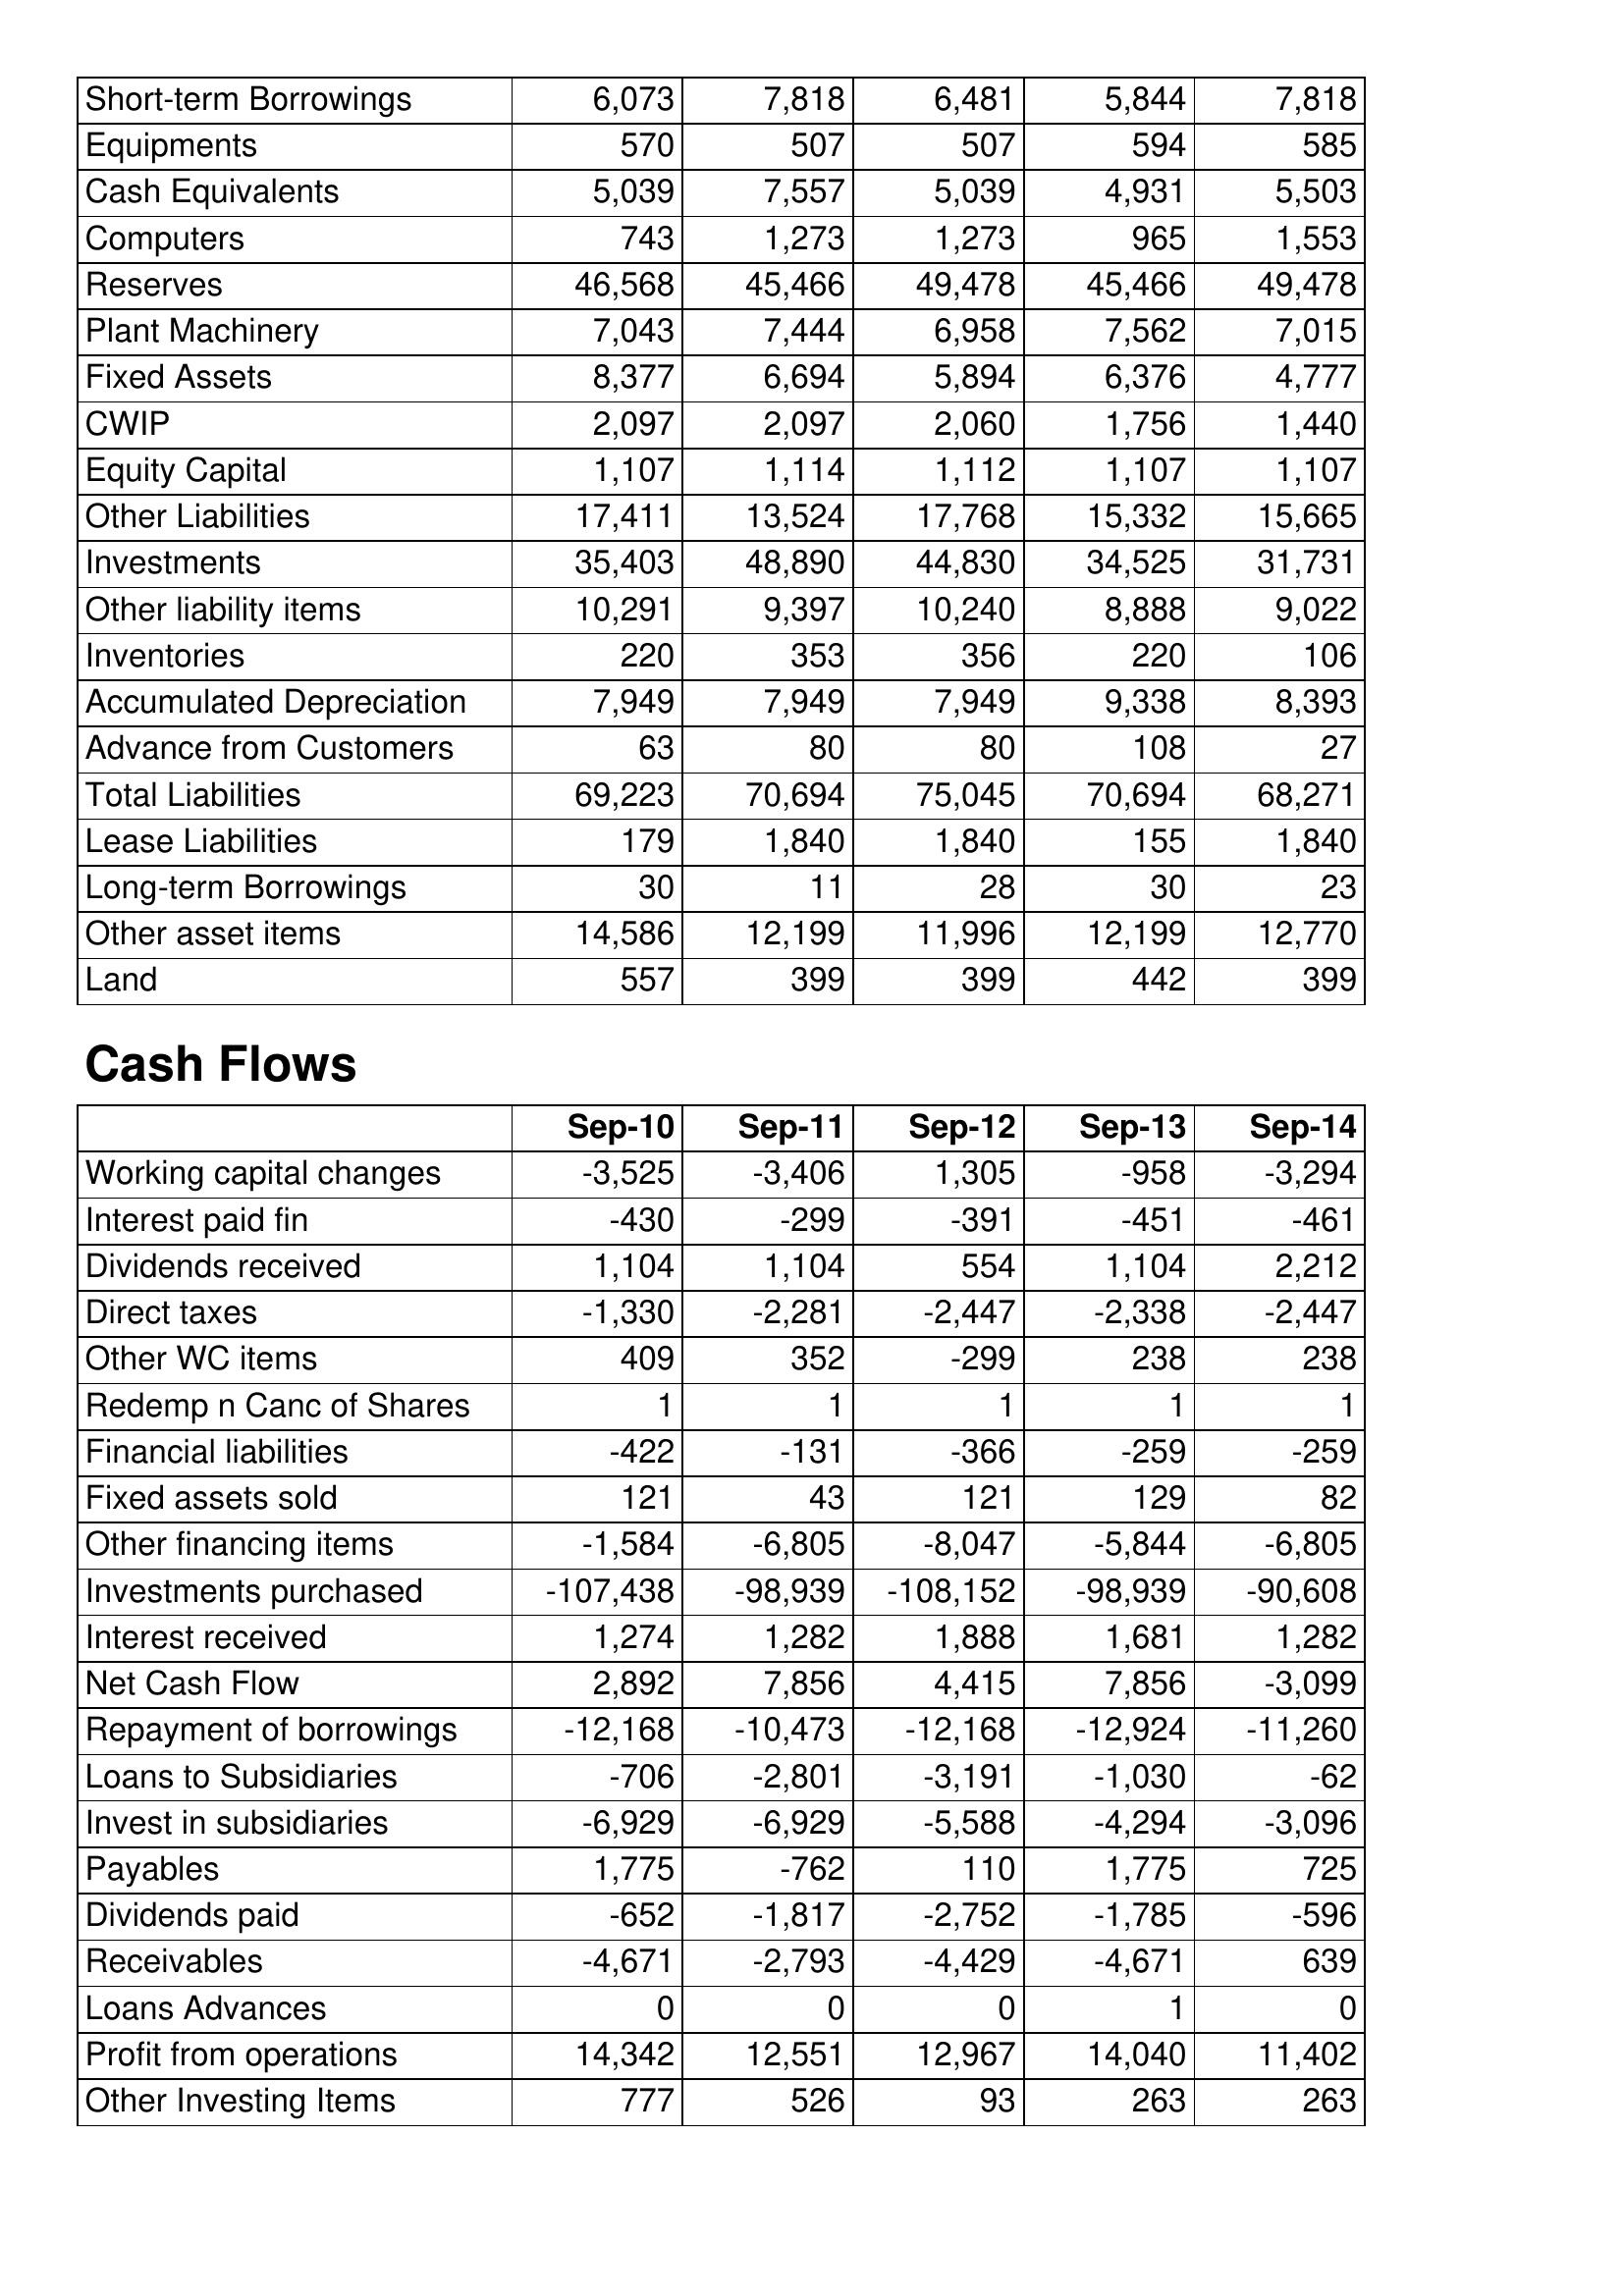
Sep-10: Balance Sheet: Short-term Borrowings: 6,073
Equipments: 570
Cash Equivalents: 5,039
Computers: 743
Reserves: 46,568
Plant Machinery: 7,043
Fixed Assets: 8,377
CWIP: 2,097
Equity Capital: 1,107
Other Liabilities: 17,411
Investments: 35,403
Other liability items: 10,291
Inventories: 220
Accumulated Depreciation: 7,949
Advance from Customers: 63
Total Liabilities: 69,223
Lease Liabilities: 179
Long-term Borrowings: 30
Other asset items: 14,586
Land: 557
Cash Flows: Working capital changes: -3,525
Interest paid fin: -430
Dividends received: 1,104
Direct taxes: -1,330
Other WC items: 409
Redemp n Canc of Shares: 1
Financial liabilities: -422
Fixed assets sold: 121
Other financing items: -1,584
Investments purchased: -107,438
Interest received: 1,274
Net Cash Flow: 2,892
Repayment of borrowings: -12,168
Loans to Subsidiaries: -706
Invest in subsidiaries: -6,929
Payables: 1,775
Dividends paid: -652
Receivables: -4,671
Loans Advances: 0
Profit from operations: 14,342
Other Investing Items: 777
Sep-11: Balance Sheet: Short-term Borrowings: 7,818
Equipments: 507
Cash Equivalents: 7,557
Computers: 1,273
Reserves: 45,466
Plant Machinery: 7,444
Fixed Assets: 6,694
CWIP: 2,097
Equity Capital: 1,114
Other Liabilities: 13,524
Investments: 48,890
Other liability items: 9,397
Inventories: 353
Accumulated Depreciation: 7,949
Advance from Customers: 80
Total Liabilities: 70,694
Lease Liabilities: 1,840
Long-term Borrowings: 11
Other asset items: 12,199
Land: 399
Cash Flows: Working capital changes: -3,406
Interest paid fin: -299
Dividends received: 1,104
Direct taxes: -2,281
Other WC items: 352
Redemp n Canc of Shares: 1
Financial liabilities: -131
Fixed assets sold: 43
Other financing items: -6,805
Investments purchased: -98,939
Interest received: 1,282
Net Cash Flow: 7,856
Repayment of borrowings: -10,473
Loans to Subsidiaries: -2,801
Invest in subsidiaries: -6,929
Payables: -762
Dividends paid: -1,817
Receivables: -2,793
Loans Advances: 0
Profit from operations: 12,551
Other Investing Items: 526
Sep-12: Balance Sheet: Short-term Borrowings: 6,481
Equipments: 507
Cash Equivalents: 5,039
Computers: 1,273
Reserves: 49,478
Plant Machinery: 6,958
Fixed Assets: 5,894
CWIP: 2,060
Equity Capital: 1,112
Other Liabilities: 17,768
Investments: 44,830
Other liability items: 10,240
Inventories: 356
Accumulated Depreciation: 7,949
Advance from Customers: 80
Total Liabilities: 75,045
Lease Liabilities: 1,840
Long-term Borrowings: 28
Other asset items: 11,996
Land: 399
Cash Flows: Working capital changes: 1,305
Interest paid fin: -391
Dividends received: 554
Direct taxes: -2,447
Other WC items: -299
Redemp n Canc of Shares: 1
Financial liabilities: -366
Fixed assets sold: 121
Other financing items: -8,047
Investments purchased: -108,152
Interest received: 1,888
Net Cash Flow: 4,415
Repayment of borrowings: -12,168
Loans to Subsidiaries: -3,191
Invest in subsidiaries: -5,588
Payables: 110
Dividends paid: -2,752
Receivables: -4,429
Loans Advances: 0
Profit from operations: 12,967
Other Investing Items: 93
Sep-13: Balance Sheet: Short-term Borrowings: 5,844
Equipments: 594
Cash Equivalents: 4,931
Computers: 965
Reserves: 45,466
Plant Machinery: 7,562
Fixed Assets: 6,376
CWIP: 1,756
Equity Capital: 1,107
Other Liabilities: 15,332
Investments: 34,525
Other liability items: 8,888
Inventories: 220
Accumulated Depreciation: 9,338
Advance from Customers: 108
Total Liabilities: 70,694
Lease Liabilities: 155
Long-term Borrowings: 30
Other asset items: 12,199
Land: 442
Cash Flows: Working capital changes: -958
Interest paid fin: -451
Dividends received: 1,104
Direct taxes: -2,338
Other WC items: 238
Redemp n Canc of Shares: 1
Financial liabilities: -259
Fixed assets sold: 129
Other financing items: -5,844
Investments purchased: -98,939
Interest received: 1,681
Net Cash Flow: 7,856
Repayment of borrowings: -12,924
Loans to Subsidiaries: -1,030
Invest in subsidiaries: -4,294
Payables: 1,775
Dividends paid: -1,785
Receivables: -4,671
Loans Advances: 1
Profit from operations: 14,040
Other Investing Items: 263
Sep-14: Balance Sheet: Short-term Borrowings: 7,818
Equipments: 585
Cash Equivalents: 5,503
Computers: 1,553
Reserves: 49,478
Plant Machinery: 7,015
Fixed Assets: 4,777
CWIP: 1,440
Equity Capital: 1,107
Other Liabilities: 15,665
Investments: 31,731
Other liability items: 9,022
Inventories: 106
Accumulated Depreciation: 8,393
Advance from Customers: 27
Total Liabilities: 68,271
Lease Liabilities: 1,840
Long-term Borrowings: 23
Other asset items: 12,770
Land: 399
Cash Flows: Working capital changes: -3,294
Interest paid fin: -461
Dividends received: 2,212
Direct taxes: -2,447
Other WC items: 238
Redemp n Canc of Shares: 1
Financial liabilities: -259
Fixed assets sold: 82
Other financing items: -6,805
Investments purchased: -90,608
Interest received: 1,282
Net Cash Flow: -3,099
Repayment of borrowings: -11,260
Loans to Subsidiaries: -62
Invest in subsidiaries: -3,096
Payables: 725
Dividends paid: -596
Receivables: 639
Loans Advances: 0
Profit from operations: 11,402
Other Investing Items: 263